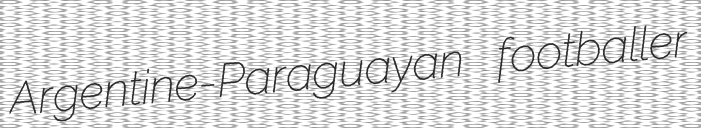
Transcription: Argentine-Paraguayan footballer